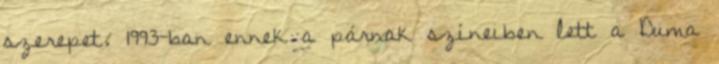
szerepet. 1993-ban ennek a párnak színeiben lett a Duma